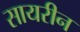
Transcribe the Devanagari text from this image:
सायरीन